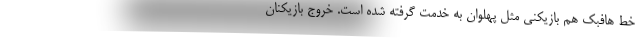
خط هافبک هم بازیکنی مثل پهلوان به خدمت گرفته شده است. خروج بازیکنان